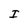
Character: I